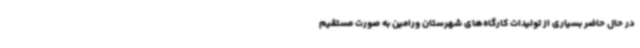
در حال حاضر بسیاری از تولیدات کارگاه‌های شهرستان ورامین به صورت مستقیم